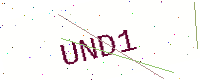
Text: UND1